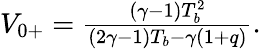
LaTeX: \begin{array}{r}{V_{0+}=\frac{(\gamma-1)T_{b}^{2}}{(2\gamma-1)T_{b}-\gamma(1+q)}.}\end{array}